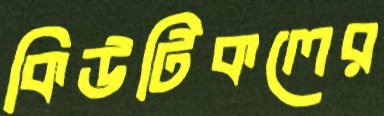
কিউটিকলের